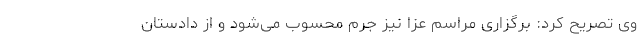
وی تصریح کرد: برگزاری مراسم عزا نیز جرم محسوب می‌شود و از دادستان